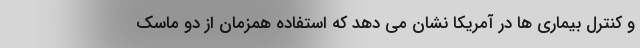
و کنترل بیماری ها در آمریکا نشان می دهد که استفاده همزمان از دو ماسک